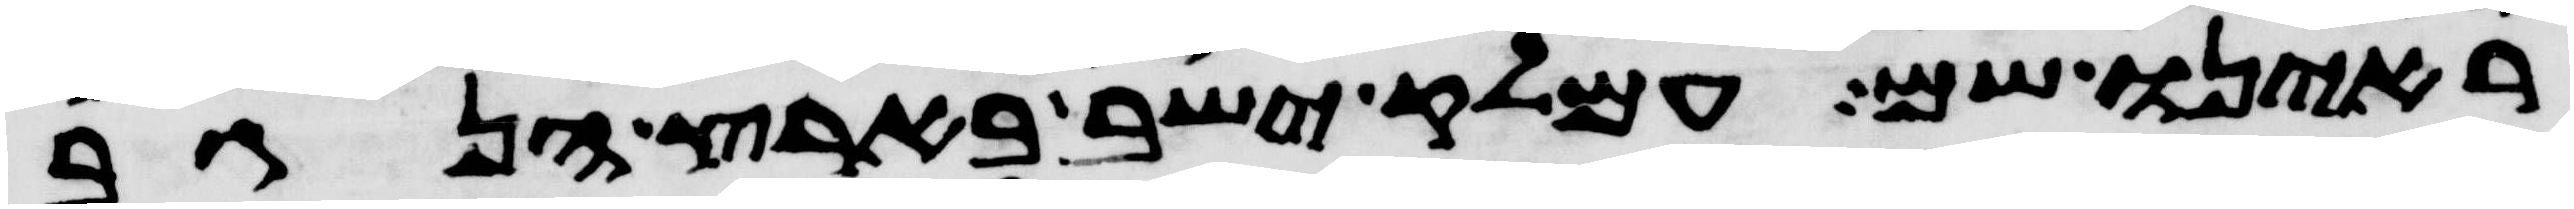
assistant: ראינו שם עמלק ישב בארץ הנגב